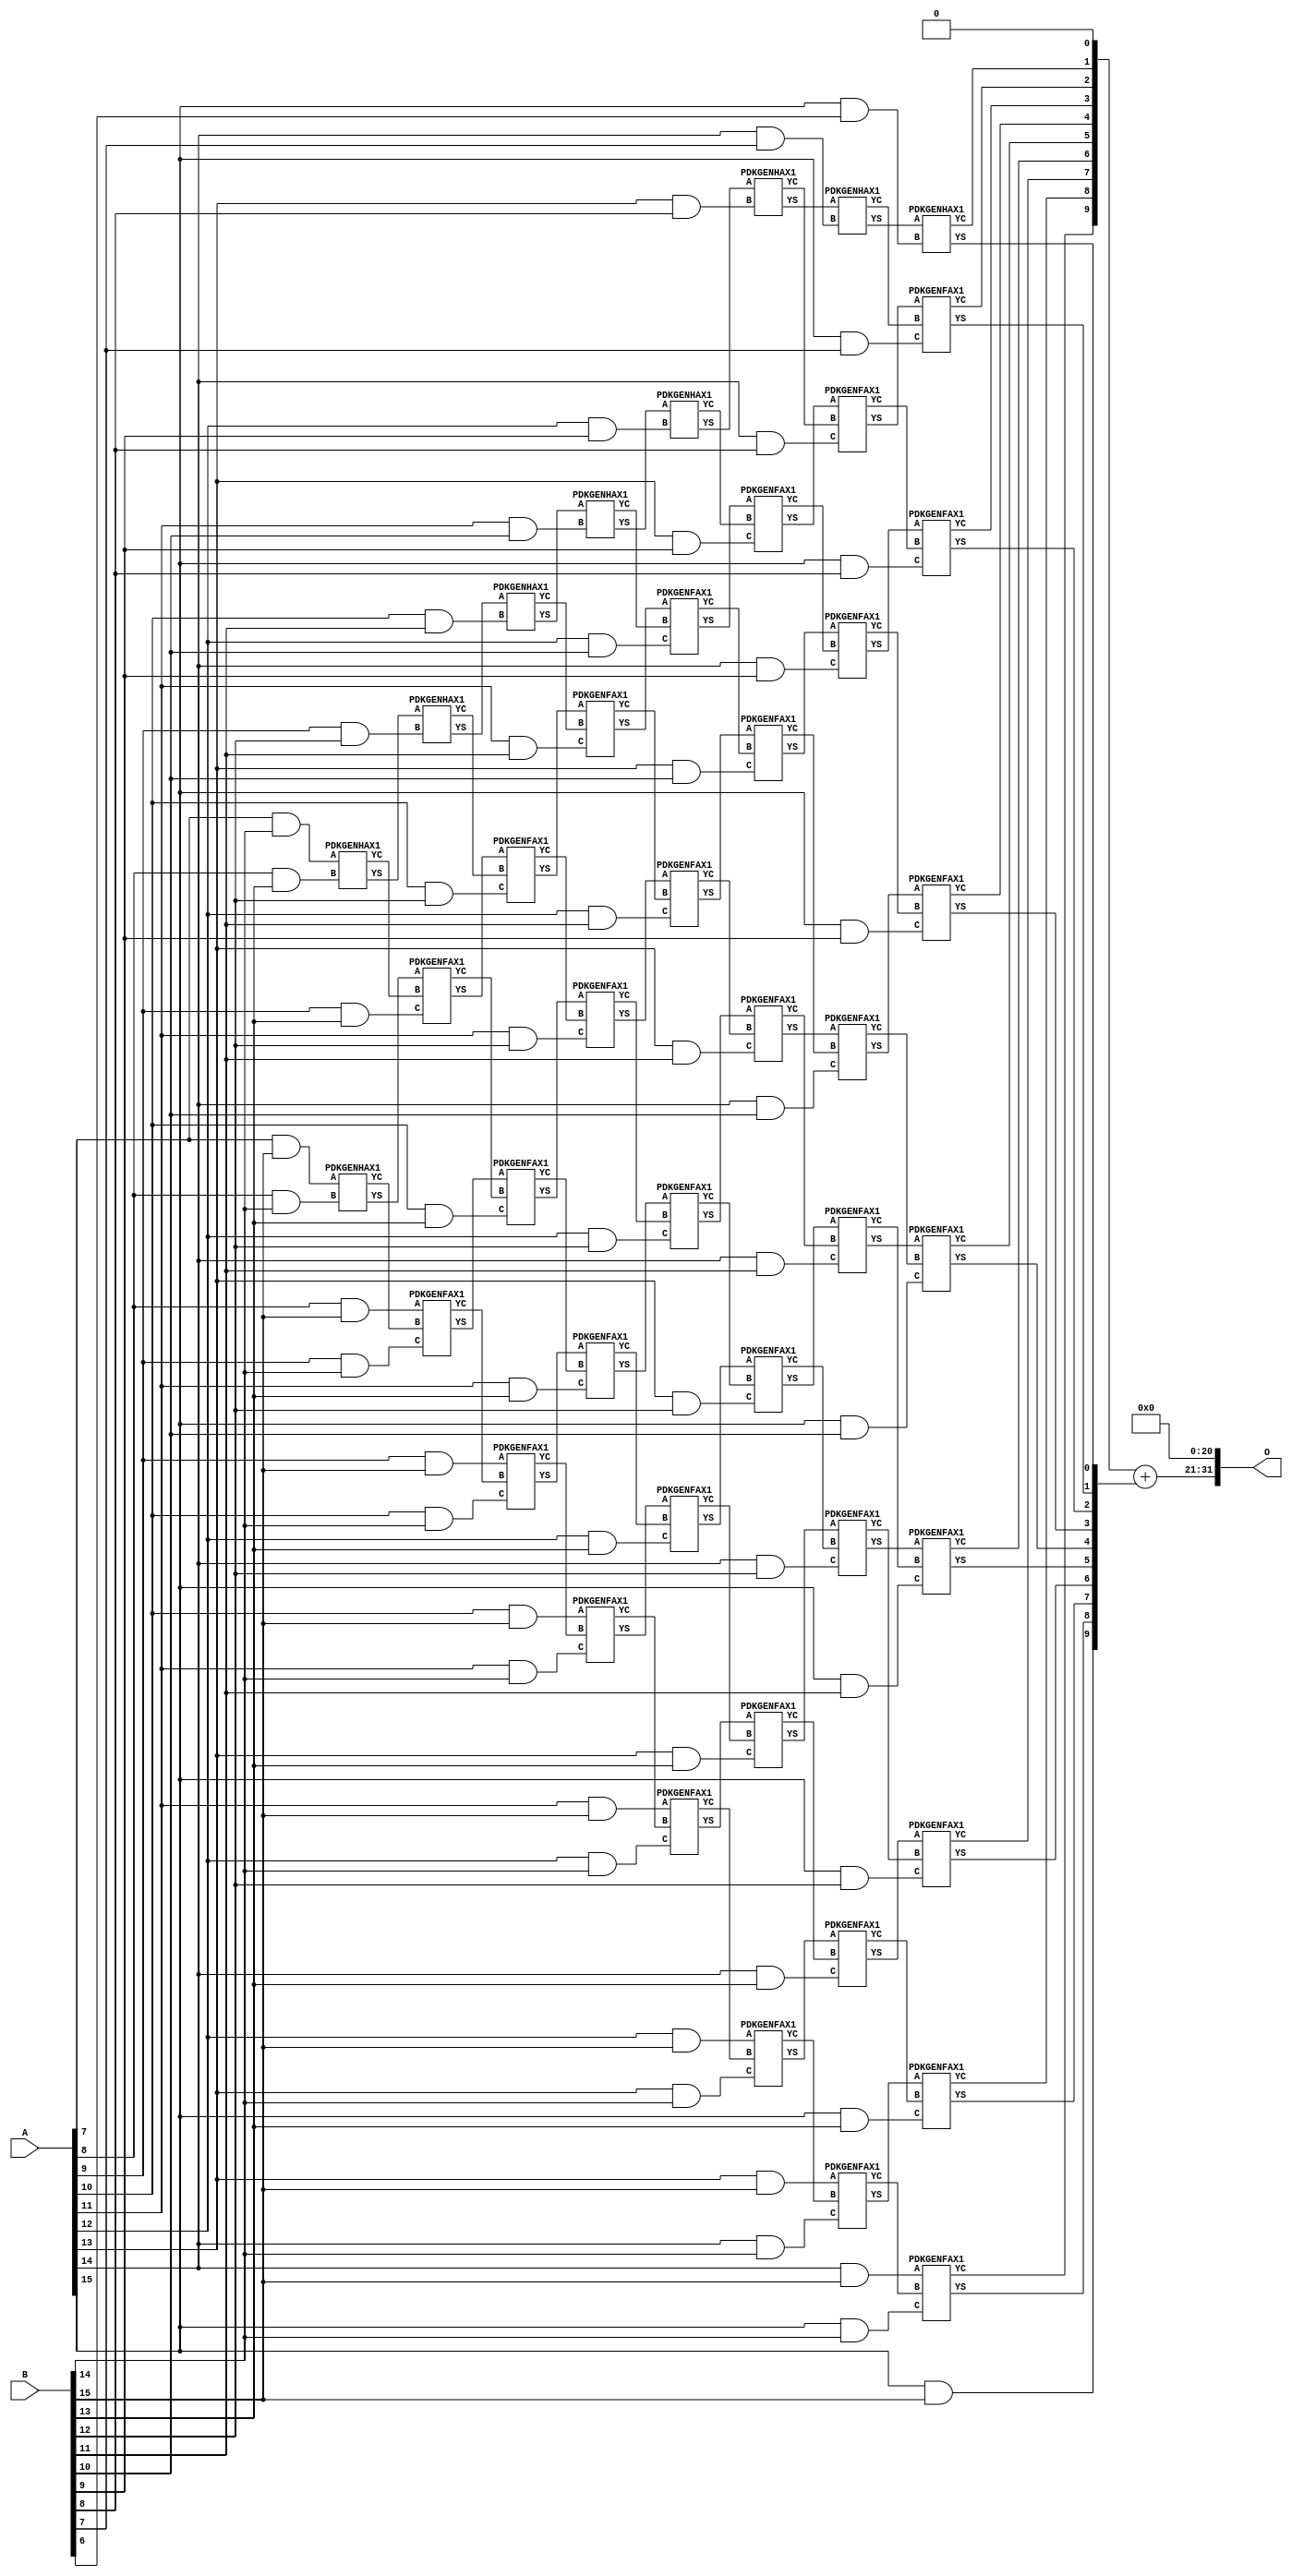
/***
* This code is a part of EvoApproxLib library (ehw.fit.vutbr.cz/approxlib) distributed under The MIT License.
* When used, please cite the following article(s): PRABAKARAN B. S., MRAZEK V., VASICEK Z., SEKANINA L., SHAFIQUE M. ApproxFPGAs: Embracing ASIC-based Approximate Arithmetic Components for FPGA-Based Systems. DAC 2020. 
***/
// MAE% = 0.16 %
// MAE = 6782976 
// WCE% = 0.63 %
// WCE = 27131905 
// WCRE% = 100.00 %
// EP% = 100.00 %
// MRE% = 3.06 %
// MSE = 55158.891e9 
// FPGA_POWER = 1.1
// FPGA_DELAY = 12
// FPGA_LUT = 66


module mul16u_H6P ( A, B, O );
  input [15:0] A;
  input [15:0] B;
  output [31:0] O;

  wire C_10_11,C_10_12,C_10_13,C_10_14,C_11_10,C_11_11,C_11_12,C_11_13,C_11_14,C_12_10,C_12_11,C_12_12,C_12_13,C_12_14,C_12_9,C_13_10,C_13_11,C_13_12,C_13_13,C_13_14,C_13_8,C_13_9,C_14_10,C_14_11,C_14_12,C_14_13,C_14_14,C_14_7,C_14_8,C_14_9,C_15_10,C_15_11,C_15_12,C_15_13,C_15_14,C_15_6,C_15_7,C_15_8,C_15_9,C_8_13,C_8_14,C_9_12,C_9_13,C_9_14,S_10_11,S_10_12,S_10_13,S_10_14,S_10_15,S_11_10,S_11_11,S_11_12,S_11_13,S_11_14,S_11_15,S_12_10,S_12_11,S_12_12,S_12_13,S_12_14,S_12_15,S_12_9,S_13_10,S_13_11,S_13_12,S_13_13,S_13_14,S_13_15,S_13_8,S_13_9,S_14_10,S_14_11,S_14_12,S_14_13,S_14_14,S_14_15,S_14_7,S_14_8,S_14_9,S_15_10,S_15_11,S_15_12,S_15_13,S_15_14,S_15_15,S_15_6,S_15_7,S_15_8,S_15_9,S_16_10,S_16_11,S_16_12,S_16_13,S_16_14,S_16_15,S_16_5,S_16_6,S_16_7,S_16_8,S_16_9,S_7_14,S_7_15,S_8_13,S_8_14,S_8_15,S_9_12,S_9_13,S_9_14,S_9_15;

  assign S_7_14 = (A[7] & B[14]);
  assign S_7_15 = (A[7] & B[15]);
  PDKGENHAX1 U444180 (.A(S_7_14), .B((A[8] & B[13])), .YS(S_8_13), .YC(C_8_13));
  PDKGENHAX1 U444181 (.A(S_7_15), .B((A[8] & B[14])), .YS(S_8_14), .YC(C_8_14));
  assign S_8_15 = (A[8] & B[15]);
  PDKGENHAX1 U444195 (.A(S_8_13), .B((A[9] & B[12])), .YS(S_9_12), .YC(C_9_12));
  PDKGENFAX1 U444196 (.A(S_8_14), .B(C_8_13), .C((A[9] & B[13])), .YS(S_9_13), .YC(C_9_13));
  PDKGENFAX1 U444197 (.A(S_8_15), .B(C_8_14), .C((A[9] & B[14])), .YS(S_9_14), .YC(C_9_14));
  assign S_9_15 = (A[9] & B[15]);
  PDKGENHAX1 U444210 (.A(S_9_12), .B((A[10] & B[11])), .YS(S_10_11), .YC(C_10_11));
  PDKGENFAX1 U444211 (.A(S_9_13), .B(C_9_12), .C((A[10] & B[12])), .YS(S_10_12), .YC(C_10_12));
  PDKGENFAX1 U444212 (.A(S_9_14), .B(C_9_13), .C((A[10] & B[13])), .YS(S_10_13), .YC(C_10_13));
  PDKGENFAX1 U444213 (.A(S_9_15), .B(C_9_14), .C((A[10] & B[14])), .YS(S_10_14), .YC(C_10_14));
  assign S_10_15 = (A[10] & B[15]);
  PDKGENHAX1 U444225 (.A(S_10_11), .B((A[11] & B[10])), .YS(S_11_10), .YC(C_11_10));
  PDKGENFAX1 U444226 (.A(S_10_12), .B(C_10_11), .C((A[11] & B[11])), .YS(S_11_11), .YC(C_11_11));
  PDKGENFAX1 U444227 (.A(S_10_13), .B(C_10_12), .C((A[11] & B[12])), .YS(S_11_12), .YC(C_11_12));
  PDKGENFAX1 U444228 (.A(S_10_14), .B(C_10_13), .C((A[11] & B[13])), .YS(S_11_13), .YC(C_11_13));
  PDKGENFAX1 U444229 (.A(S_10_15), .B(C_10_14), .C((A[11] & B[14])), .YS(S_11_14), .YC(C_11_14));
  assign S_11_15 = (A[11] & B[15]);
  PDKGENHAX1 U444240 (.A(S_11_10), .B((A[12] & B[9])), .YS(S_12_9), .YC(C_12_9));
  PDKGENFAX1 U444241 (.A(S_11_11), .B(C_11_10), .C((A[12] & B[10])), .YS(S_12_10), .YC(C_12_10));
  PDKGENFAX1 U444242 (.A(S_11_12), .B(C_11_11), .C((A[12] & B[11])), .YS(S_12_11), .YC(C_12_11));
  PDKGENFAX1 U444243 (.A(S_11_13), .B(C_11_12), .C((A[12] & B[12])), .YS(S_12_12), .YC(C_12_12));
  PDKGENFAX1 U444244 (.A(S_11_14), .B(C_11_13), .C((A[12] & B[13])), .YS(S_12_13), .YC(C_12_13));
  PDKGENFAX1 U444245 (.A(S_11_15), .B(C_11_14), .C((A[12] & B[14])), .YS(S_12_14), .YC(C_12_14));
  assign S_12_15 = (A[12] & B[15]);
  PDKGENHAX1 U444255 (.A(S_12_9), .B((A[13] & B[8])), .YS(S_13_8), .YC(C_13_8));
  PDKGENFAX1 U444256 (.A(S_12_10), .B(C_12_9), .C((A[13] & B[9])), .YS(S_13_9), .YC(C_13_9));
  PDKGENFAX1 U444257 (.A(S_12_11), .B(C_12_10), .C((A[13] & B[10])), .YS(S_13_10), .YC(C_13_10));
  PDKGENFAX1 U444258 (.A(S_12_12), .B(C_12_11), .C((A[13] & B[11])), .YS(S_13_11), .YC(C_13_11));
  PDKGENFAX1 U444259 (.A(S_12_13), .B(C_12_12), .C((A[13] & B[12])), .YS(S_13_12), .YC(C_13_12));
  PDKGENFAX1 U444260 (.A(S_12_14), .B(C_12_13), .C((A[13] & B[13])), .YS(S_13_13), .YC(C_13_13));
  PDKGENFAX1 U444261 (.A(S_12_15), .B(C_12_14), .C((A[13] & B[14])), .YS(S_13_14), .YC(C_13_14));
  assign S_13_15 = (A[13] & B[15]);
  PDKGENHAX1 U444270 (.A(S_13_8), .B((A[14] & B[7])), .YS(S_14_7), .YC(C_14_7));
  PDKGENFAX1 U444271 (.A(S_13_9), .B(C_13_8), .C((A[14] & B[8])), .YS(S_14_8), .YC(C_14_8));
  PDKGENFAX1 U444272 (.A(S_13_10), .B(C_13_9), .C((A[14] & B[9])), .YS(S_14_9), .YC(C_14_9));
  PDKGENFAX1 U444273 (.A(S_13_11), .B(C_13_10), .C((A[14] & B[10])), .YS(S_14_10), .YC(C_14_10));
  PDKGENFAX1 U444274 (.A(S_13_12), .B(C_13_11), .C((A[14] & B[11])), .YS(S_14_11), .YC(C_14_11));
  PDKGENFAX1 U444275 (.A(S_13_13), .B(C_13_12), .C((A[14] & B[12])), .YS(S_14_12), .YC(C_14_12));
  PDKGENFAX1 U444276 (.A(S_13_14), .B(C_13_13), .C((A[14] & B[13])), .YS(S_14_13), .YC(C_14_13));
  PDKGENFAX1 U444277 (.A(S_13_15), .B(C_13_14), .C((A[14] & B[14])), .YS(S_14_14), .YC(C_14_14));
  assign S_14_15 = (A[14] & B[15]);
  PDKGENHAX1 U444285 (.A(S_14_7), .B((A[15] & B[6])), .YS(S_15_6), .YC(C_15_6));
  PDKGENFAX1 U444286 (.A(S_14_8), .B(C_14_7), .C((A[15] & B[7])), .YS(S_15_7), .YC(C_15_7));
  PDKGENFAX1 U444287 (.A(S_14_9), .B(C_14_8), .C((A[15] & B[8])), .YS(S_15_8), .YC(C_15_8));
  PDKGENFAX1 U444288 (.A(S_14_10), .B(C_14_9), .C((A[15] & B[9])), .YS(S_15_9), .YC(C_15_9));
  PDKGENFAX1 U444289 (.A(S_14_11), .B(C_14_10), .C((A[15] & B[10])), .YS(S_15_10), .YC(C_15_10));
  PDKGENFAX1 U444290 (.A(S_14_12), .B(C_14_11), .C((A[15] & B[11])), .YS(S_15_11), .YC(C_15_11));
  PDKGENFAX1 U444291 (.A(S_14_13), .B(C_14_12), .C((A[15] & B[12])), .YS(S_15_12), .YC(C_15_12));
  PDKGENFAX1 U444292 (.A(S_14_14), .B(C_14_13), .C((A[15] & B[13])), .YS(S_15_13), .YC(C_15_13));
  PDKGENFAX1 U444293 (.A(S_14_15), .B(C_14_14), .C((A[15] & B[14])), .YS(S_15_14), .YC(C_15_14));
  assign S_15_15 = (A[15] & B[15]);
  assign {S_16_15, S_16_14, S_16_13, S_16_12, S_16_11, S_16_10, S_16_9, S_16_8, S_16_7, S_16_6, S_16_5} = {C_15_14, C_15_13, C_15_12, C_15_11, C_15_10, C_15_9, C_15_8, C_15_7, C_15_6, 1'b0} + {S_15_15, S_15_14, S_15_13, S_15_12, S_15_11, S_15_10, S_15_9, S_15_8, S_15_7, S_15_6};
  assign O = {S_16_15,S_16_14,S_16_13,S_16_12,S_16_11,S_16_10,S_16_9,S_16_8,S_16_7,S_16_6,S_16_5,1'b0,1'b0,1'b0,1'b0,1'b0,1'b0,1'b0,1'b0,1'b0,1'b0,1'b0,1'b0,1'b0,1'b0,1'b0,1'b0,1'b0,1'b0,1'b0,1'b0,1'b0};

endmodule

/* mod */
module PDKGENFAX1( input A, input B, input C, output YS, output YC );
    assign YS = (A ^ B) ^ C;
    assign YC = (A & B) | (B & C) | (A & C);
endmodule
/* mod */
module PDKGENHAX1( input A, input B, output YS, output YC );
    assign YS = A ^ B;
    assign YC = A & B;
endmodule